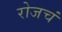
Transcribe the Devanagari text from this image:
रोजचं